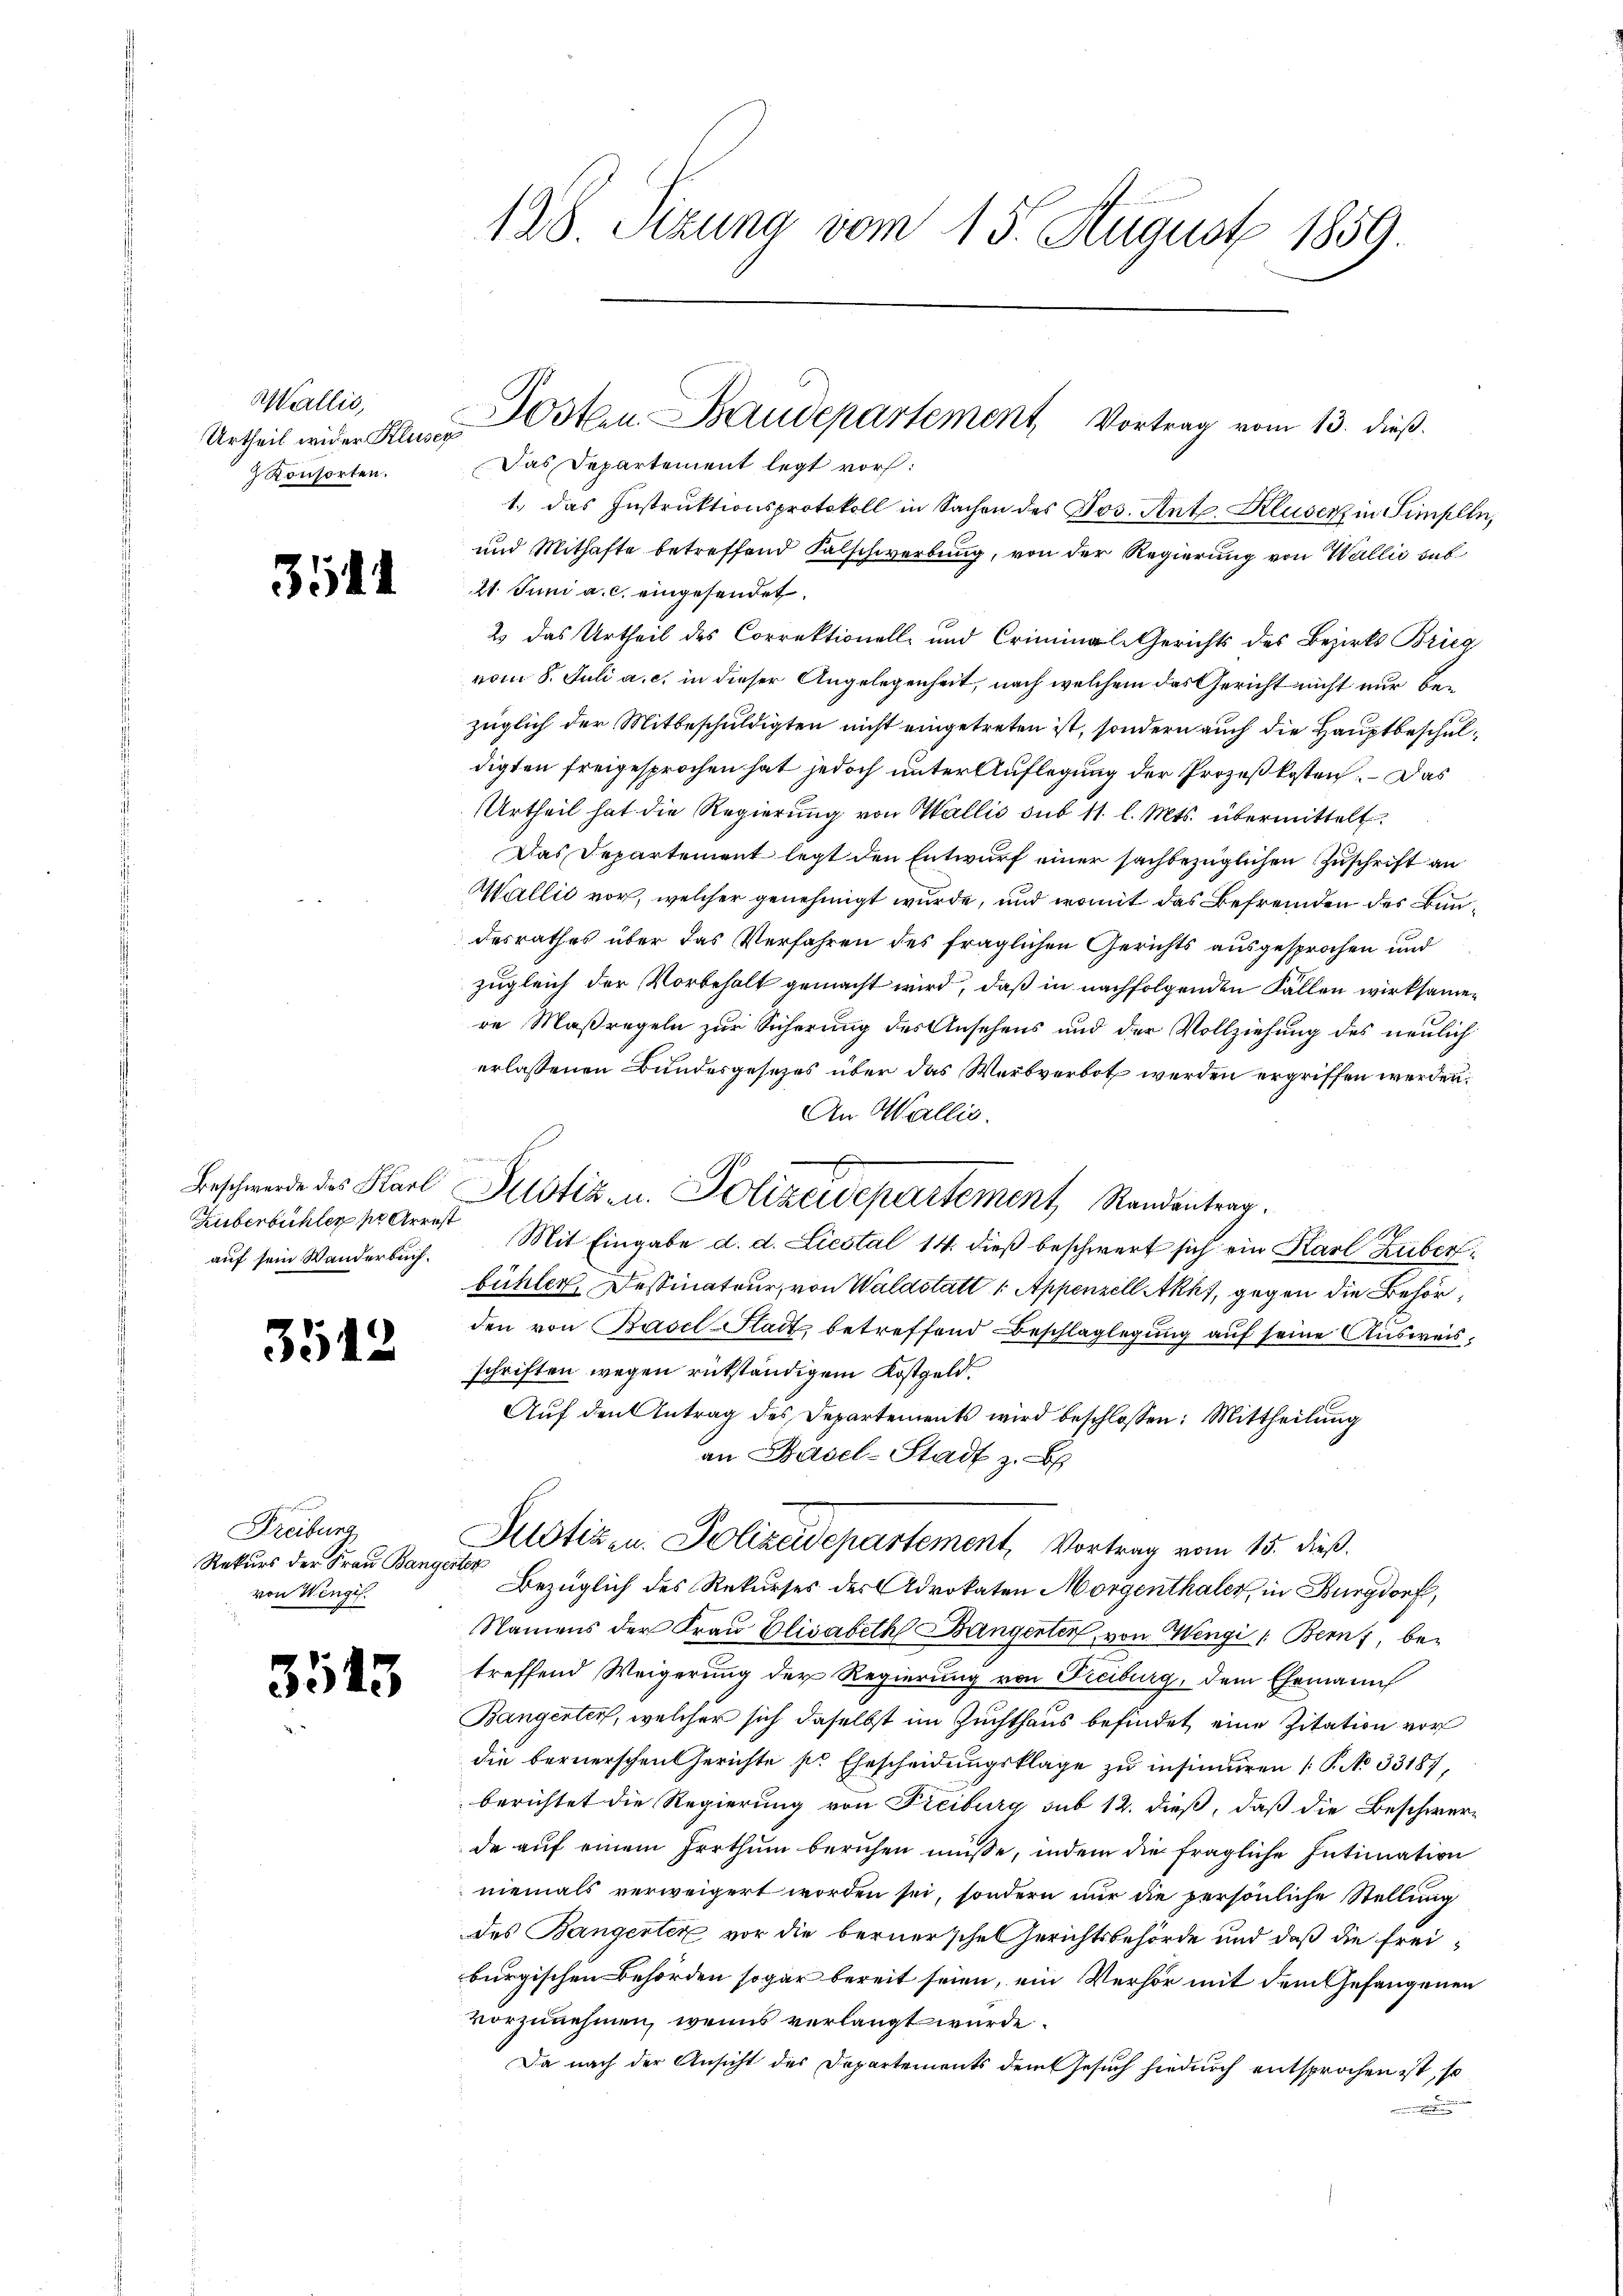
Wallis,
Urtheil wider Kluser
 Konsorten.

354

Beschwerde des Karl
Huberbüchler pr Arrest
auf sein Wanderbuch.

351.

Freiburg
Rekurs der Frau Bangerter
von Wengif.

3545

128 Sizung vom 15. August 1859.

Das Departement legt vor:
1. Das Instruktionsprotokoll in Sachen des Jos. Ant. Kluser in Simpeln,
und Mithafte betreffend Salschwerbung, von der Regierung von Wallić sub¬
21. Juni a. c. eingesendet.
2 das Urtheil des Correktionell- und Criminale Gerichts des Bezirks Brieg
vom 8. Juli a. c. in dieser Angelegenheit, nach welchem das Gericht nicht nur bezüglich der Mitbeschuldigten nicht eingetreten ist, sondern auch die Hauptbeschuldigten freigesprochen hat jedoch unter Auflegung der Prozeßkosten. – Das
Urtheil hat die Regierung von Wallis sub 11. l. Mts. übermittelt.
Das Departement legt den Entwurf einer sachbezüglichen Zuschrift an
Wallić vor, welcher genehmigt wurde, und womit das Befremden des Bundesrathes über das Verfahren des fraglichen Gerichts ausgesprochen und
zugleich der Vorbehalt gemacht wird, daß in nachfolgenden Fallen wirksamen
re Maßregeln zur Sicherung des Ansehens und der Vollziehung des neulich
erlassenen Bundesgesezes über das Werbverbot werden ergriffen werden.
An Wallis.
Mit Eingabe d. d. Liestal 14. dieß beschwert sich ein Karl Huberbühler, Dessinateur, von Waldstatt 1. Appenzell Akk, gegen die Behörden von Basel-Stadt, betreffend Beschlaglegung auf seine Ausweisschriften wegen rükständigem Kostgeld.
Auf den Antrag des Departements wird beschlossen: Mittheilung
an Basel-Stadt z. B
Justiz u. Polizeidepartement, Vortrag vom 15. dieß.
Bezüglich des Rekurses des Advokaten Morgenthaler, in Burgdorf,
Namens der Frau Elisabeth Bangenter, von Wengi /: Bern, betreffend Weigerung der Regierung von Freiburg, dem Ehemann
Bangenten, welcher sich daselbst im Zuchthaus befindet eine Zitation vor
die bernerschen Gerichte ser Ehescheidungsklage zu insinuiren ( P. No 33187,
berichtet die Regierung von Freiburg sub 12. dieß, daß die Beschwerde auf einem Irrthum beruhen müsse, indem die fragliche Intimation
niemals verweigert worden sei, sondern nur die persönliche Stellung
des Bangerter vor die bernersche Gerichtsbehörde und daß die Freiburgischen Behörden sogar bereit seien, ein Verhör mit dem Gefangenen
vorzunehmen, wenns verlangt wurde.
Da nach der Ansicht des Departements dem Gesuch hiedurch entsprochen ist, so
n

Posten Baudepartement Vortrag vom 13. dieß.

Justiz- u. Polizeidepartement, Randentrer.